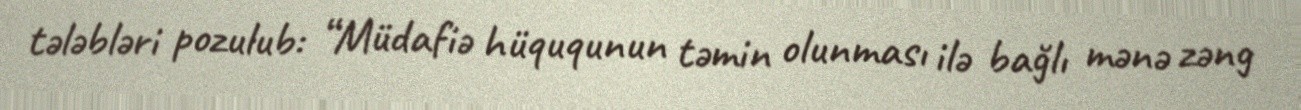
tələbləri pozulub: “Müdafiə hüququnun təmin olunması ilə bağlı mənə zəng